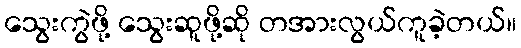
သွေးကွဲဖို့ သွေးဆူဖို့ဆို တအားလွယ်ကူခဲ့တယ်။